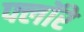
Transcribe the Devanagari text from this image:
फ्लॉरे